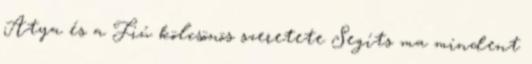
Atya és a Fiú kölcsönös szeretete Segíts ma mindent